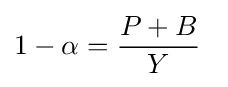
1-\alpha ={\frac {P+B}{Y}}\,\